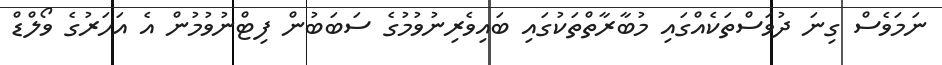
ނަމަވެސް ގިނަ ދުވަސްތަކެއްގައި މުބާރާތްތަކުގައި ބައިވެރިނުވުމުގެ ސަބަބުން ފިޓްނުވުމުން އެ އަހަރުގެ ވޯލްޑް